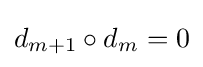
d_{m+1}\circ d_{m}=0